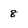
Character: 8